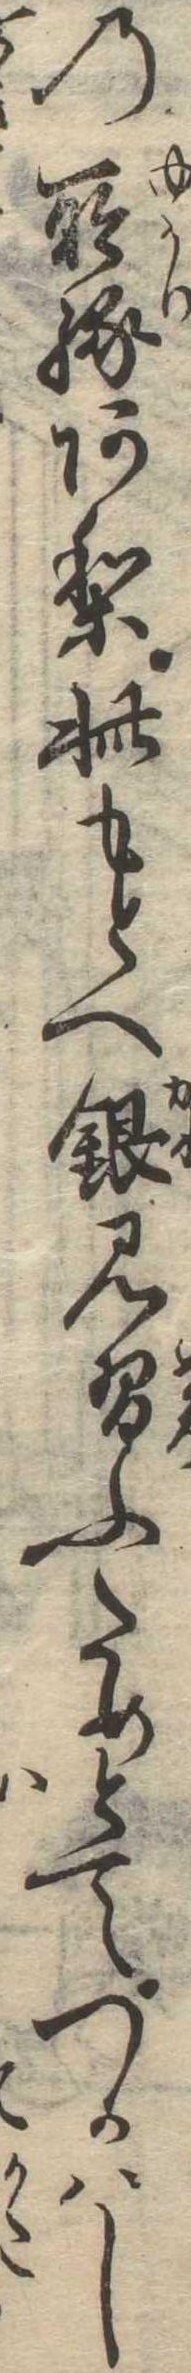
の所縁あり此もとへ銀見習ふためとてつかはし